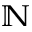
\mathbb { N }